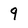
Character: 9